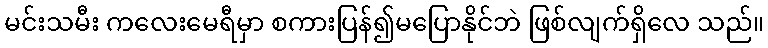
မင်းသမီး ကလေးမေရီမှာ စကားပြန်၍မပြောနိုင်ဘဲ ဖြစ်လျက်ရှိလေ သည်။